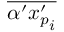
\overline { { \alpha ^ { \prime } { x _ { p } ^ { \prime } } _ { i } } }